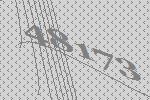
48173